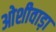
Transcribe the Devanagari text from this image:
ओशीवाड़ा